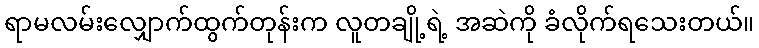
ရာမလမ်းလျှောက်ထွက်တုန်းက လူတချို့ရဲ့ အဆဲကို ခံလိုက်ရသေးတယ်။